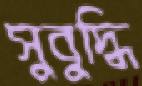
সুবুদ্ধি